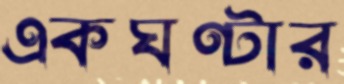
একঘণ্টার